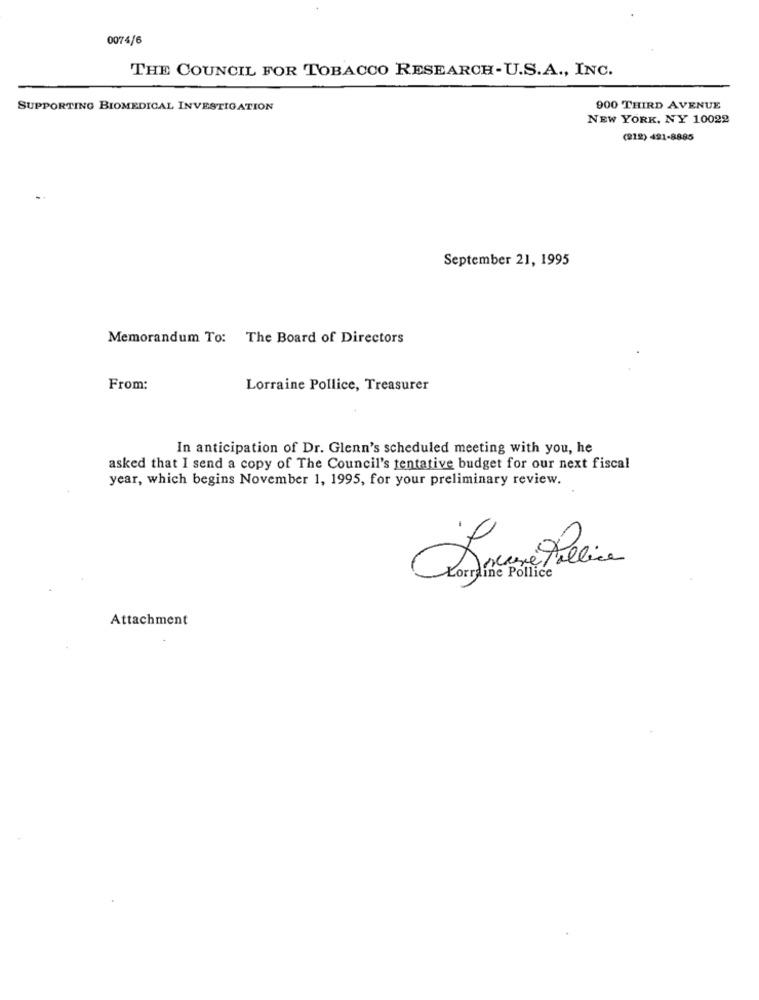
0074/6
THE COUNCIL FOR TOBACCO RESEARCH-U.S.A ., INC.
SUPPORTING BIOMEDICAL INVESTIGATION
900 THIRD AVENUE
NEW YORK, NY 10022
(212) 421-8885
September 21, 1995
Memorandum To: The Board of Directors
From:
Lorraine Pollice, Treasurer
In anticipation of Dr. Glenn's scheduled meeting with you, he
asked that I send a copy of The Council's tentative budget for our next fiscal
year, which begins November 1, 1995, for your preliminary review.
rraine Polli
Attachment